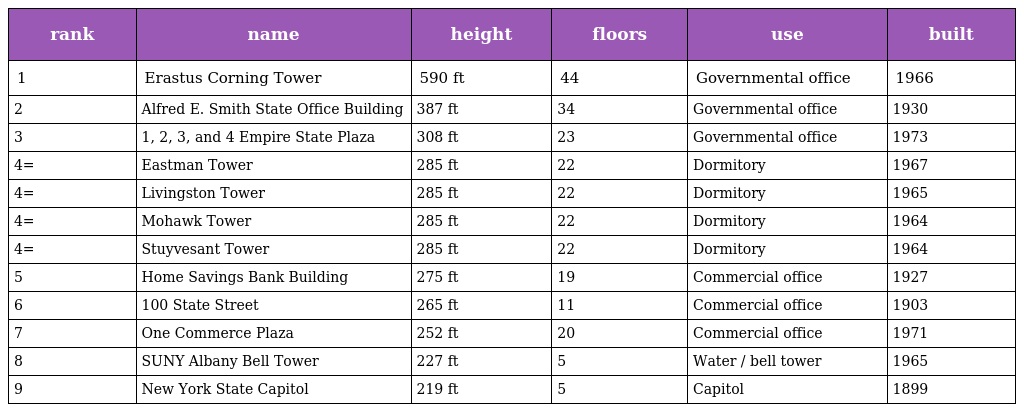
| rank | name | height | floors | use | built |
 | --- | --- | --- | --- | --- | --- |
 | 1 | Erastus Corning Tower | 590 ft | 44 | Governmental office | 1966 |
 | 2 | Alfred E. Smith State Office Building | 387 ft | 34 | Governmental office | 1930 |
 | 3 | 1, 2, 3, and 4 Empire State Plaza | 308 ft | 23 | Governmental office | 1973 |
 | 4= | Eastman Tower | 285 ft | 22 | Dormitory | 1967 |
 | 4= | Livingston Tower | 285 ft | 22 | Dormitory | 1965 |
 | 4= | Mohawk Tower | 285 ft | 22 | Dormitory | 1964 |
 | 4= | Stuyvesant Tower | 285 ft | 22 | Dormitory | 1964 |
 | 5 | Home Savings Bank Building | 275 ft | 19 | Commercial office | 1927 |
 | 6 | 100 State Street | 265 ft | 11 | Commercial office | 1903 |
 | 7 | One Commerce Plaza | 252 ft | 20 | Commercial office | 1971 |
 | 8 | SUNY Albany Bell Tower | 227 ft | 5 | Water / bell tower | 1965 |
 | 9 | New York State Capitol | 219 ft | 5 | Capitol | 1899 |